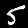
Digit: 5